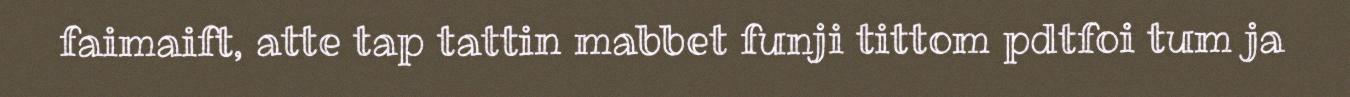
faimaift, atte tap tattin mabbet funji tittom pdtfoi tum ja